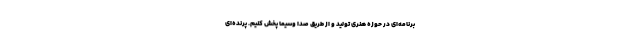
برنامه‌ای در حوزه هنری تولید و از طریق صدا وسیما پخش کنیم. پرنده‌ای